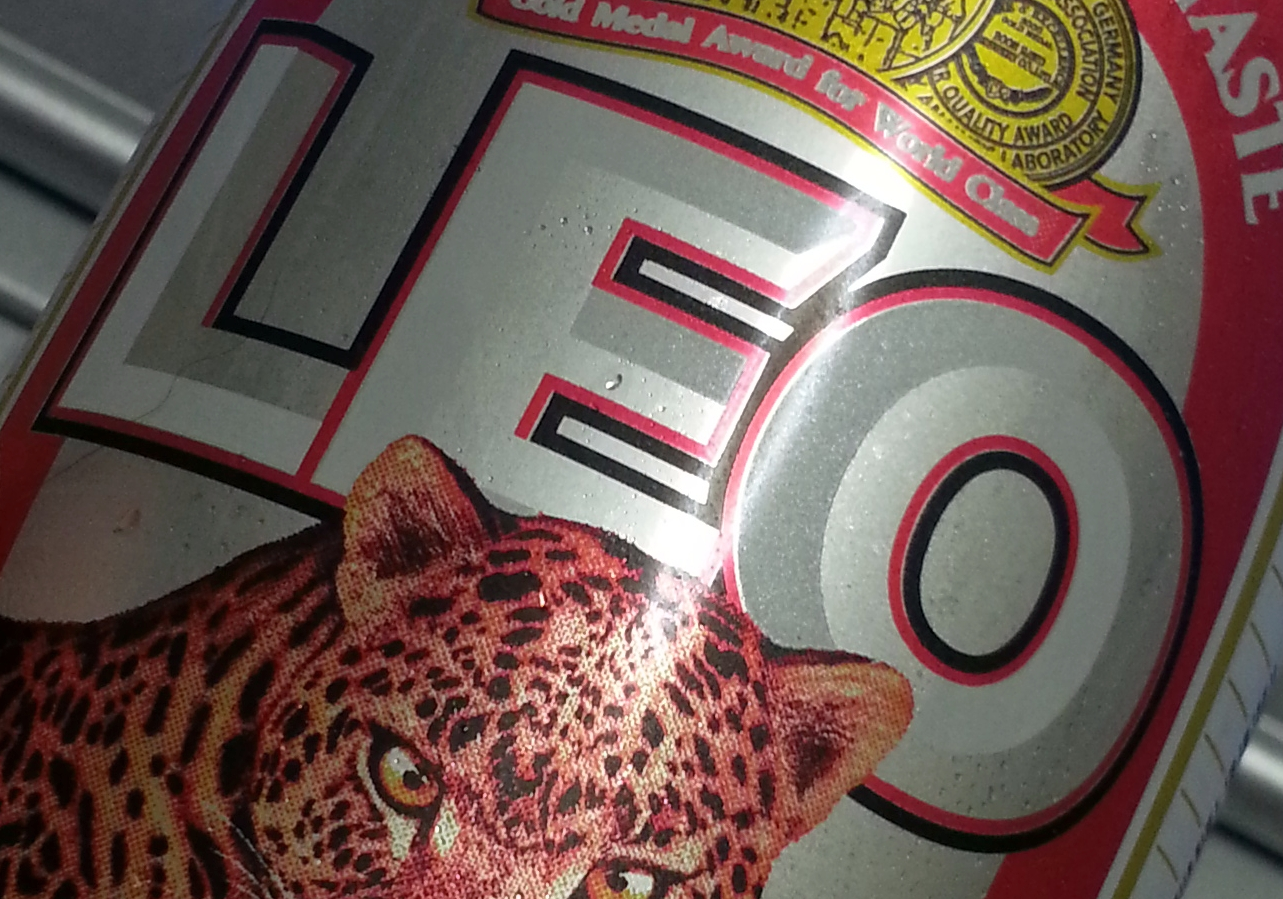
LEO